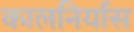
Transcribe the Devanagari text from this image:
कालनिर्यास